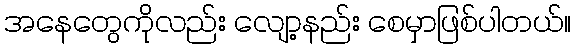
အနေတွေကိုလည်း လျော့နည်း စေမှာဖြစ်ပါတယ်။